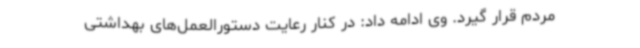
مردم قرار گیرد. وی ادامه داد: در کنار رعایت دستورالعمل‌های بهداشتی